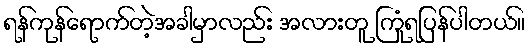
ရန်ကုန်ရောက်တဲ့အခါမှာလည်း အလားတူ ကြုံရပြန်ပါတယ်။